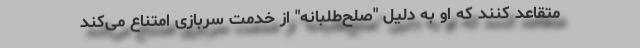
متقاعد کنند که او به دلیل "صلح‌طلبانه" از خدمت سربازی امتناع می‌کند